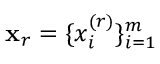
\mathbf { x } _ { r } = \{ x _ { i } ^ { ( r ) } \} _ { i = 1 } ^ { m }